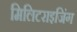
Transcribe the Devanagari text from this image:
मिलिटराइजिंग